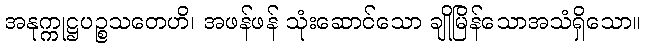
အနုက္ကုဋ္ဌပဉ္စသတေဟိ၊ အဖန်ဖန် သုံးဆောင်သော ချိုမြိန်သောအသံရှိသော။